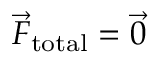
\vec { F } _ { \mathrm { t o t a l } } = \vec { 0 }